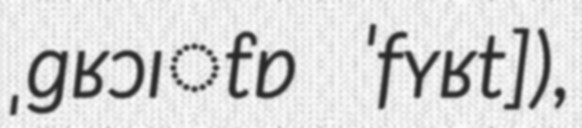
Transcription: ˌɡʁɔɪ̯tɐ ˈfʏʁt]),